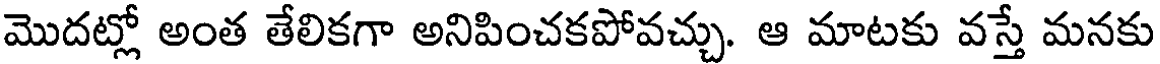
మొదట్లో అంత తేలికగా అనిపించకపోవచ్చు. ఆ మాటకు వస్తే మనకు